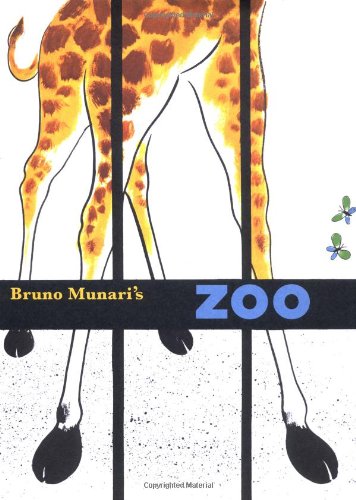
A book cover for Bruno Munari's Zoo; Bruno Munari; Children's Books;